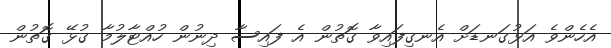
އެހެންވެ އަޅުގަނޑަށް އެނގިފައިވާ ގޮތުން އެ ފައިސާ ދިނުން ހުއްޓާލުމާ ގުޅޭ ގޮތުން